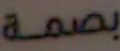
بصمة